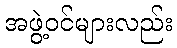
အဖွဲ့ဝင်များလည်း